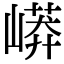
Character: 㟿